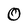
Character: 0